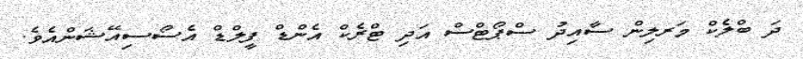
ދަ ބްލެކް މަރލިން ސާއިދު ސްޕޯޓްސް އަދި ޓްރެކް އެންޑް ފީލްޑް އެސޯސިއޭޝަންއެވެ.